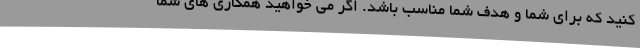
کنید که برای شما و هدف شما مناسب باشد. اگر می خواهید همکاری های شما